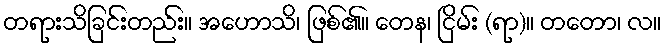
တရားသိခြင်းတည်း။ အဟောသိ၊ ဖြစ်၏။ တေန၊ ငြိမ်း (ရာ)။ တတော၊ လ။